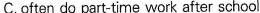
C.often do part-time work after schoo!